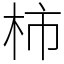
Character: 柿